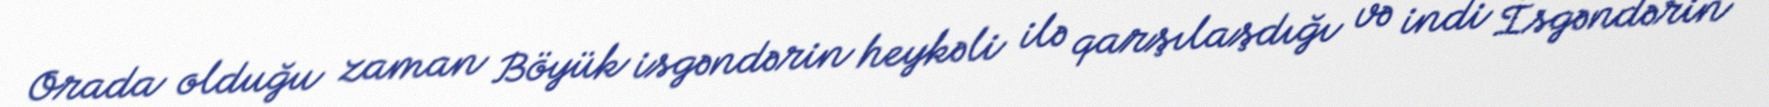
Orada olduğu zaman Böyük isgəndərin heykəli ilə qarşılaşdığı və indi İsgəndərin